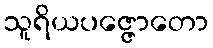
သူရိယပဇ္ဇောတော